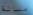
مسالة